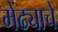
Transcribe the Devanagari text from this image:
मेंढ्याचे